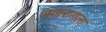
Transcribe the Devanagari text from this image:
जागरणाला